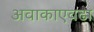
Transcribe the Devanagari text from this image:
अवाकाएवढा